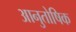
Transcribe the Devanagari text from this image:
आनुतोषिक